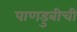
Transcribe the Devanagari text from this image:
पाणडुबीची